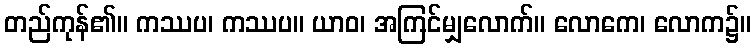
တည်ကုန်၏။ ကဿပ၊ ကဿပ။ ယာဝ၊ အကြင်မျှလောက်။ လောကေ၊ လောက၌။